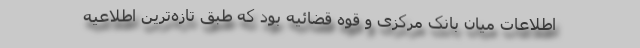
اطلاعات میان بانک مرکزی و قوه قضائیه بود که طبق تازه‌ترین اطلاعیه